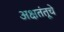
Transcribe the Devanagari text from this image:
अक्षतंतूचे